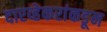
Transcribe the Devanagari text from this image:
दारव्हेकरांकडून